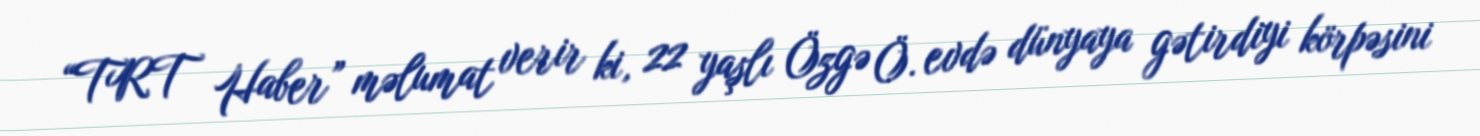
“TRT Haber” məlumat verir ki, 22 yaşlı Özgə Ö. evdə dünyaya gətirdiyi körpəsini